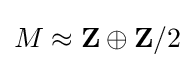
M\approx \mathbf {Z} \oplus \mathbf {Z} /2